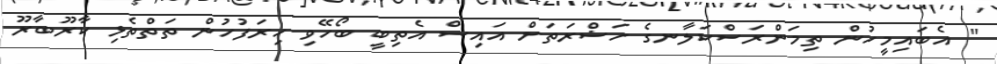
" އެބައިމީހުން ތިމަންރަސްކަލާނގެ ހަޟްރަތަށް އައިސް އެތިބީ ބޯހޭވިި ހިރަފުހުން ތަތްތެޅި ކާރޫބާރޫ